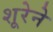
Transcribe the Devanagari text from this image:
शूरेने